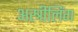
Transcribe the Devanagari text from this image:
अस्त्रीलिंग